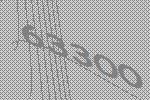
63300